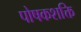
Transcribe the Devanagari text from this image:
पोषकशक्ति